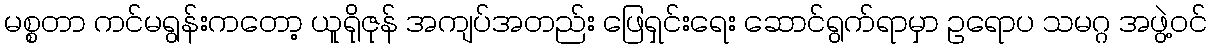
မစ္စတာ ကင်မရွန်းကတော့ ယူရိုဇုန် အကျပ်အတည်း ဖြေရှင်းရေး ဆောင်ရွက်ရာမှာ ဥရောပ သမဂ္ဂ အဖွဲ့ဝင်